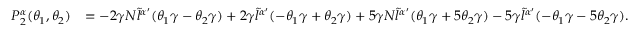
\begin{array} { r l } { P _ { 2 } ^ { \alpha } ( \theta _ { 1 } , \theta _ { 2 } ) } & { = - 2 \gamma N \tilde { l } ^ { \alpha { ' } } ( \theta _ { 1 } \gamma - \theta _ { 2 } \gamma ) + 2 \gamma \tilde { l } ^ { \alpha { ' } } ( - \theta _ { 1 } \gamma + \theta _ { 2 } \gamma ) + 5 \gamma N \tilde { l } ^ { \alpha { ' } } ( \theta _ { 1 } \gamma + 5 \theta _ { 2 } \gamma ) - 5 \gamma \tilde { l } ^ { \alpha { ' } } ( - \theta _ { 1 } \gamma - 5 \theta _ { 2 } \gamma ) . } \end{array}